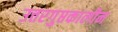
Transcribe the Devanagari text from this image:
उत्तरगुप्तकालीन